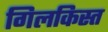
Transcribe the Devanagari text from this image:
गिलकिस्त